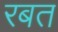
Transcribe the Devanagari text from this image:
रबत